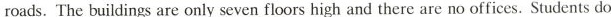
roads.The buildings are only seven floors high and there are no offices. Students do